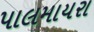
પાલમાયરા